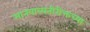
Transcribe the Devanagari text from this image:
मानवाव्यतीरीक्तच्या